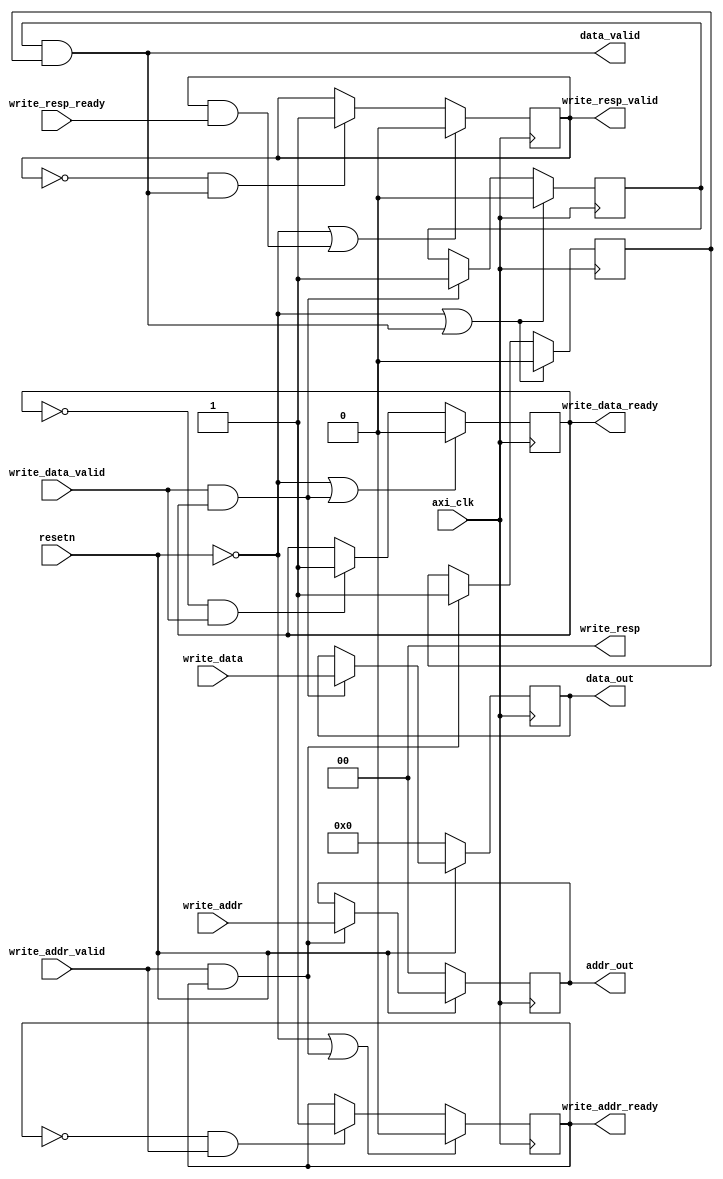
module AXI4_write #(parameter ADDRESS_WIDTH = 2)
(
	input axi_clk,
	input resetn,   //axi is reset low

	// write address channel
	input  [ADDRESS_WIDTH -  1 : 0] write_addr,
	input  write_addr_valid,
	output reg write_addr_ready,

	// write data channel
	input  [31 : 0] write_data,
	input  write_data_valid,
	output reg write_data_ready,

	// write response channel	
	output [ADDRESS_WIDTH - 1 : 0] write_resp,
	input  write_resp_ready,
	output reg write_resp_valid,
	
	output [31 : 0] data_out,                   // data output to external logic
	output [ADDRESS_WIDTH - 1 : 0] addr_out,    // address output to external logic
	output data_valid		                    // signal indicating output data and address are valid
);

	reg addr_done;
	reg data_done;

	// flip flops for latching data
	reg [31 : 0] data_latch;
	reg [ADDRESS_WIDTH - 1 : 0]  addr_latch;

	assign data_out = data_latch;
	assign addr_out = addr_latch;

	assign data_valid = data_done & addr_done;

	assign write_resp = {ADDRESS_WIDTH{1'b0}}; // always indicate OKAY status for writes

	// write address handshake
	always @(posedge axi_clk)
	begin
		if(~resetn | (write_addr_valid & write_addr_ready) )
			write_addr_ready <= 0;
		else if(~write_addr_ready & write_addr_valid)
			write_addr_ready <= 1;
	end

	// write data handshake
	always @(posedge axi_clk)
	begin
		if(~resetn | (write_data_valid & write_data_ready) )
			write_data_ready <= 0;
		else if(~write_data_ready & write_data_valid)
			write_data_ready <= 1;
	end

	// keep track of which handshakes completed
	always @(posedge axi_clk)
	begin
		if(resetn == 0 || (addr_done & data_done) ) // reset or both phases done
		begin
			addr_done <= 0;
			data_done <= 0;
		end
		else
		begin	
			if(write_addr_valid & write_addr_ready) // look for addr handshake
				addr_done <= 1;
		
			if(write_data_valid & write_data_ready) // look for data handshake
				data_done <= 1;	
		end
	end

	// latching logic
	always @(posedge axi_clk)
	begin
		if(resetn == 0) // reset values
		begin
			data_latch <= 32'd0;
			addr_latch <= {ADDRESS_WIDTH{1'b0}};
		end
		else
		begin
			if(write_data_valid & write_data_ready) // look for data handshake
				data_latch <= write_data;
			
			if(write_addr_valid & write_addr_ready) // look for address handshake
				addr_latch <= write_addr;
		end
	end

	// write response logic
	always @(posedge axi_clk)
	begin	
		if(resetn == 0 | (write_resp_valid & write_resp_ready))
			write_resp_valid <= 0;
		else if(~write_resp_valid & (data_done & addr_done))
			write_resp_valid <= 1;	
	end

endmodule